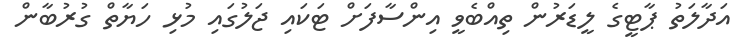
އަދާލަތު ޕާޓީގެ ލީޑަރުން ތިއްބެވީ އިންސާފަށް ޓަކައި ޖަލުގައި މުޅި ހަޔާތް ގުރުބާން